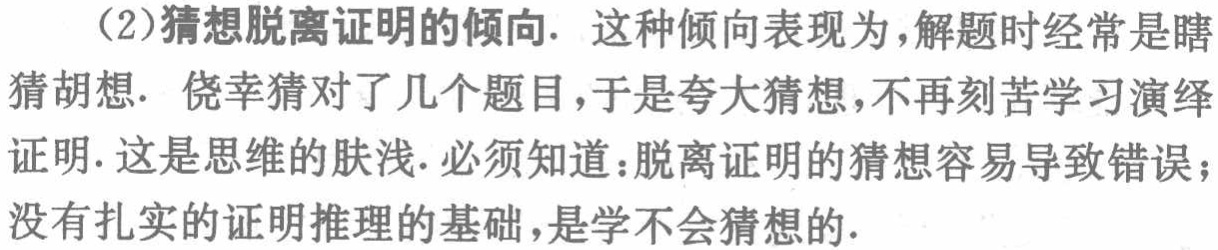
（2）猜想脱离证明的倾向. 这种倾向表现为，解题时经常是瞎猜胡想. 侥幸猜对了几个题目，于是夸大猜想，不再刻苦学习演绎证明. 这是思维的肤浅. 必须知道：脱离证明的猜想容易导致错误；没有扎实的证明推理的基础，是学不会猜想的.